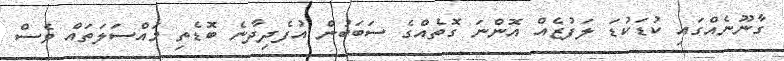
ގާނޫނެއްގައި ކުޑަކުޑަ ލަފުޒެއް އޮންނަ ގޮތެއްގެ ސަބަބުން އުފެދިދާނެ ބޮޑެތި މައްސަލަތައް ވެސް